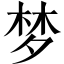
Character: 梦